Vaccination in Burma 1912-1922 - 1912-1922
Year: 1912
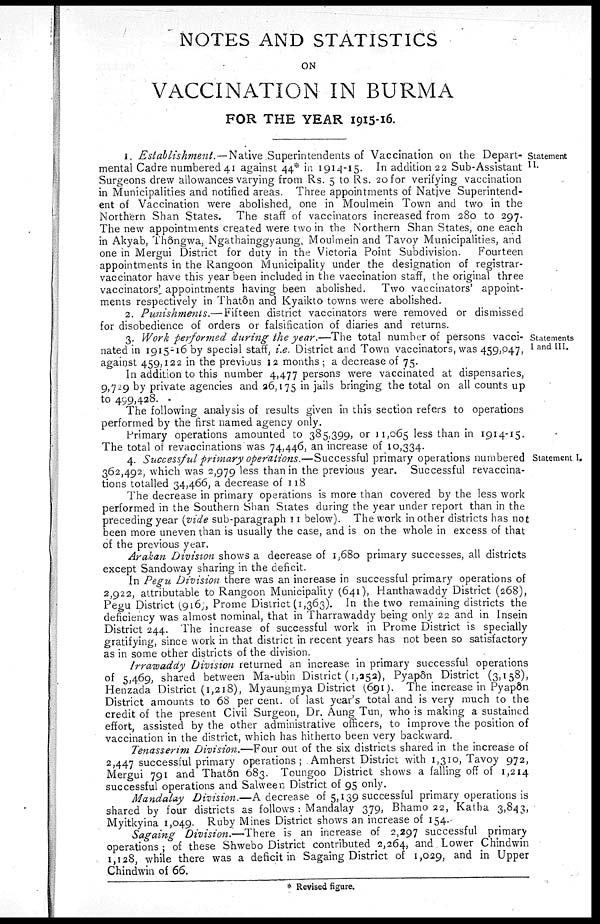
NOTES AND STATISTICS
ON
VACCINATION IN BURMA
FOR THE YEAR 1915-16.
Statement
II.
1. Establishment. — Native Superintendents of Vaccination on the Depart-
mental Cadre numbered 41 against 44* in 1914-15. In addition 22 Sub-Assistant
Surgeons drew allowances varying from Rs. 5 to Rs. 20 for verifying vaccination
in Municipalities and notified areas. Three appointments of Native Superintend-
ent of Vaccination were abolished, one in Moulmein Town and two in the
Northern Shan States. The staff of vaccinators increased from 280 to 297.
The new appointments created were two in the Northern Shan States, one each
in Akyab, Thôngwa, Ngathainggyaung, Moulmein and Tavoy Municipalities, and
one in Mergui District for duty in the Victoria Point Subdivision.
Fourteen
appointments in the Rangoon Municipality under the designation of registrar-
vaccinator have this year been included in the vaccination staff, the original three
vaccinators' appointments having been abolished. Two vaccinators' appoint-
ments respectively in Thatôn and Kyaikto towns were abolished.
2. Punishments.—Fifteen district vaccinators were removed or dismissed
for disobedience of orders or falsification of diaries and returns.
Statements
I and III.
3. Work performed during the year.—The total number of persons vacci-
nated in 1915-16 by special staff, i.e. District and Town vaccinators, was 459,047,
against 459,122 in the previous 12 months; a decrease of 75.
In addition to this number 4,477 persons were vaccinated at dispensaries,
9,729 by private agencies and 26,175 in Jails bringing the total on all counts up
to 499,428.
The following analysis of results given in this section refers to operations
performed by the first named agency only.
Primary operations amounted to 385,399, or 11,065 less than in 1914-15.
The total of revaccinations was 74,446, an increase of 10,334.
Statement I.
4. Successful primary operations.—Successful primary operations numbered
362,492, which was 2,979 less than in the previous year. Successful revaccina-
tions totalled 34,466, a decrease of 118
The decrease in primary operations is more than covered by the less work
performed in the Southern Shan States during the year under report than in the
preceding year (vide sub-paragraph 11 below). The work in other districts has not
been more uneven than is usually the case, and is on the whole in excess of that
of the previous year.
Arakan Division shows a decrease of 1,680 primary successes, all districts
except Sandoway sharing in the deficit.
In Pegu Division there was an increase in successful primary operations of
2,922, attributable to Rangoon Municipality (641), Hanthawaddy District (268),
Pegu District (916), Prome District (1,363). In the two remaining districts the
deficiency was almost nominal, that in Tharrawaddy being only 22 and in Insein
District 244. The increase of successful work in Prome District is specially
gratifying, since work in that district in recent years has not been so satisfactory
as in some other districts of the division.
Irrawaddy Division returned an increase in primary successful operations
of 5,469, shared between Ma-ubin District (1,252), Pyapôn District (3,158),
Henzada District (1,218), Myaungmya District (691). The increase in Pyapôn
District amounts to 68 per cent. of last year's total and is very much to the
credit of the present Civil Surgeon, Dr. Aung Tun, who is making a sustained
effort, assisted by the other administrative officers, to improve the position of
vaccination in the district, which has hitherto been very backward.
Tenasserim Division.—Four out of the six districts shared in the increase of
2,447 successful primary operations; Amherst District with 1,310, Tavoy 972,
Mergui 791 and Thatôn 683. Toungoo District shows a falling off of 1,214
successful operations and Salween District of 95 only.
Mandalay Division.—A decrease of 5,139 successful primary operations is
shared by four districts as follows : Mandalay 379, Bhamo 22, Katha 3,843,
Myitkyina 1,049. Ruby Mines District shows an increase of 154.
Sagaing Divisions—There is an increase of 2,297 successful primary
operations; of these Shwebo District contributed 2,264, and Lower Chindwin
1,128, while there was a deficit in Sagaing District of 1,029, and in Upper
Chindwin of 66.
* Revised figure.